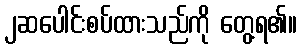
၂ဆပေါင်းစပ်ထားသည်ကို တွေ့ရ၏။